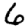
Digit: 6